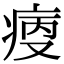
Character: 𤶯